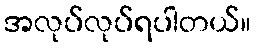
အလုပ်လုပ်ရပါတယ်။